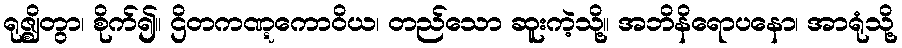
ရုဇ္ဈိတွာ၊ စိုက်၍။ ဌိတကဏ္ဋကောဝိယ၊ တည်သော ဆူးကဲ့သို့။ အဘိနိရောပနော၊ အာရုံသို့